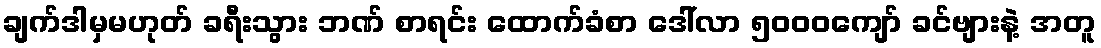
ချက်ဒါမှမဟုတ် ခရီးသွား ဘဏ် စာရင်း ထောက်ခံစာ ဒေါ်လာ ၅၀၀၀ကျော် ခင်ဗျားနဲ့ အတူ